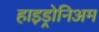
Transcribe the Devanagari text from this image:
हाइड्रोनिअम